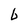
Character: b